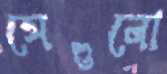
সেগুলো